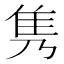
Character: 隽